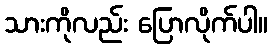
သားကိုလည်း ပြောလိုက်ပါ။